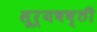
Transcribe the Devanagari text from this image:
सूर्यषष्ठी